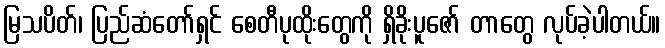
မြသပိတ်၊ ပြည်ဆံတော်ရှင် စေတီပုထိုးတွေကို ရှိခိုးပူဇော် တာတွေ လုပ်ခဲ့ပါတယ်။